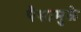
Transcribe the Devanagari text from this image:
पैशामुळे